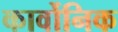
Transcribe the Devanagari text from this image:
कार्वोनिक